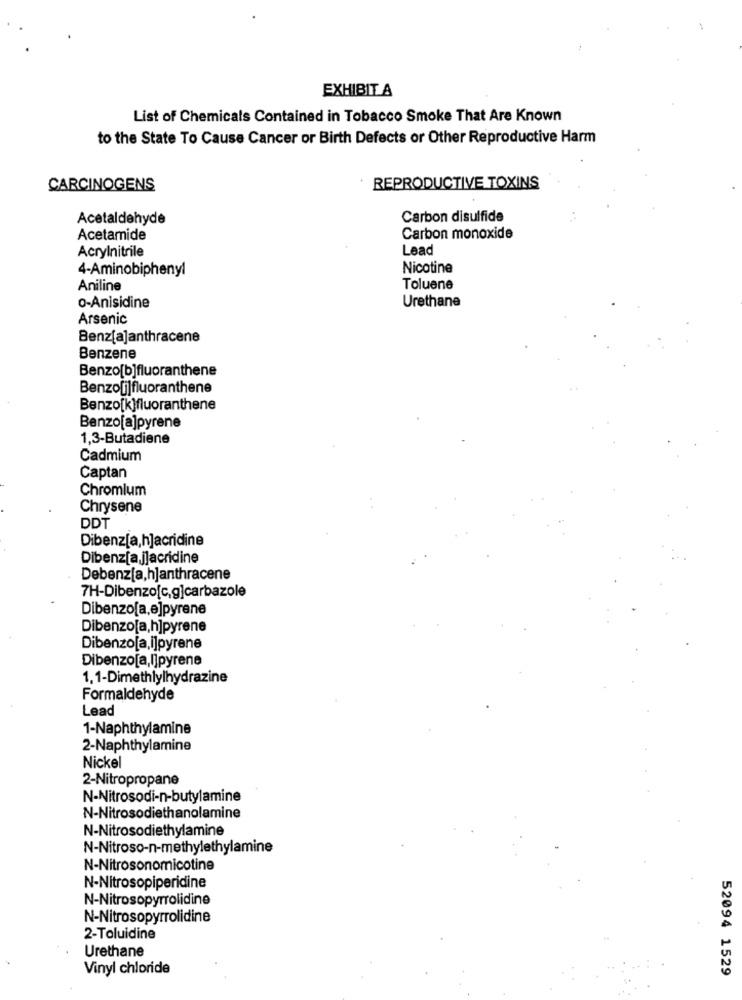
EXHIBIT. A
List of Chemicals Contained in Tobacco Smoke That Are Known
to the State To Cause Cancer or Birth Defects or Other Reproductive Harm
CARCINOGENS
REPRODUCTIVE TOXINS
Acetaldehyde
Carbon disulfide
Acetamide
Carbon monoxide
Acrylnitrile
Lead
4-Aminobiphenyl
Nicotine
Aniline
Toluene
Urethane
o-Anisidine
Arsenic
Benz[a]anthracene
Benzene
Benzo[b]fluoranthene
Benzo[i]fluoranthene
Benzo[k)fluoranthene
Benzo[a]pyrene
1,3-Butadiene
Cadmium
Captan
Chromium
Chrysene
DDT
Dibenz[a,h]acridine
Dibenz[a ]]acridine
Debenz[a,h]anthracene
7H-Dibenzo[c,g]carbazole
Dibenzo[a,e]pyrene
Dibenzo[a,h]pyrene
Dibenzo[a,i]pyrene
Dibenzo[a,i]pyrene
1.1-Dimethlylhydrazine
Formaldehyde
Lead
1-Naphthylamine
2-Naphthylamine
Nickel
2-Nitropropane
N-Nitrosodi-n-butylamine
N-Nitrosodiethanolamine
N-Nitrosodiethylamine
N-Nitroso-n-methylethylamine
N-Nitrosonomicotine
N-Nitrosopiperidine
N-Nitrosopyrrolidine
N-Nitrosopyrrolidine
2-Toluidine
Urethane
Vinyl chloride
52094 1529